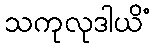
သကုလုဒါယိံ